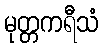
မုတ္တကရီသံ